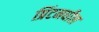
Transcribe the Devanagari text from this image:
प्रिंटमधील